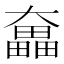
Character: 𡚗